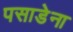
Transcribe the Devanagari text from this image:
पसाडेना